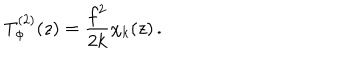
LaTeX: T _ { \Phi } ^ { ( 2 ) } ( z ) = \frac { f ^ { 2 } } { 2 k } \chi _ { k } ( z ) \, .